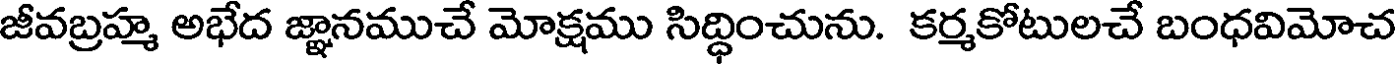
జీవబ్రహ్మ అభేద జ్ఞానముచే మోక్షము సిద్ధించును. కర్మకోటులచే బంధవిమోచ